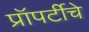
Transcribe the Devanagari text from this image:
प्रॉपर्टीचे